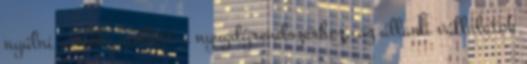
nyúlni a többi mellett a nyugdíjrendszerhez, az állami vállalatok